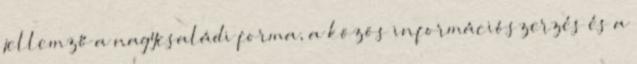
jellemző a nagycsaládi forma, a közös információszerzés és a